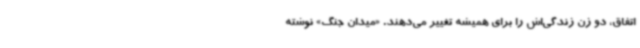
اتفاق، دو زن زندگی‌اش را برای همیشه تغییر می‌دهند. «میدان جنگ» نوشته